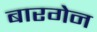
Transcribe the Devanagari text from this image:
बारगेन